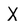
Character: X